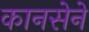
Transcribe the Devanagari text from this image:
कानसेने